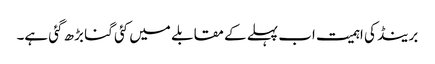
برینڈ کی اہمیت اب پہلے کے مقابلے میں کئی گنا بڑھ گئی ہے۔